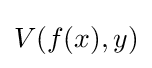
V(f(x),y)